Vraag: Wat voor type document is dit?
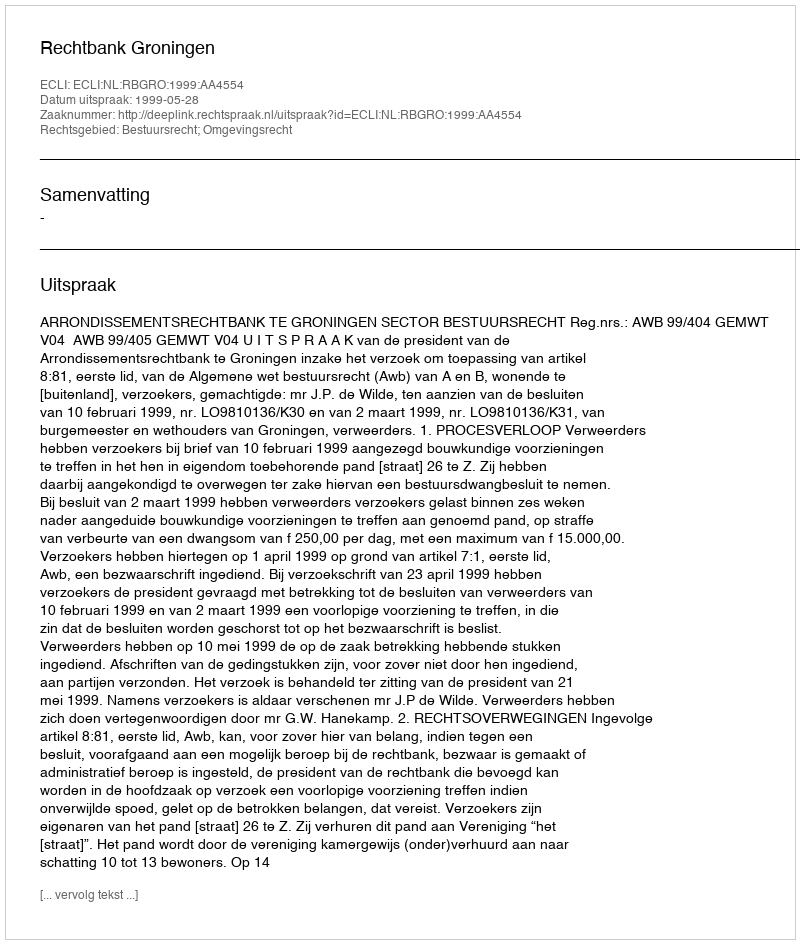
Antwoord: Uitspraak